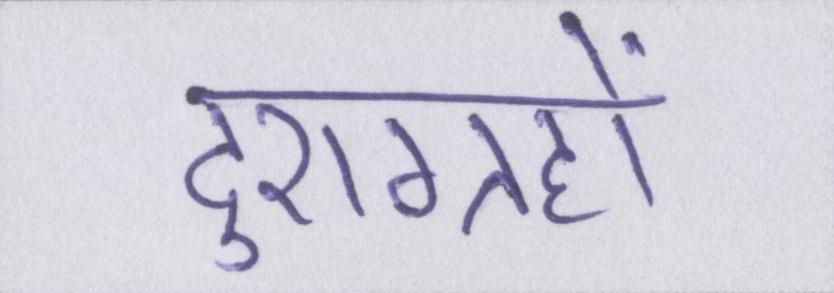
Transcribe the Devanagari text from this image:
दुराग्रहों